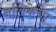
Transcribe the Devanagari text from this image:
नलिकेचा